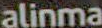
alinma